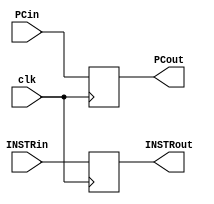
module IF_ID(clk,INSTRin,PCin,PCout,INSTRout);
input [31:0] INSTRin;
input [31:0] PCin;
input clk;
output reg [31:0] PCout,INSTRout;
always @(posedge clk) begin
PCout<=PCin;
INSTRout<=INSTRin;
end
endmodule

module ID_EX(clk,immpartin,Rd,Rt,ReadData1in,ReadData2in,PCin,immpartout,Rdout,Rtout,ReadData1out,ReadData2out,PCout);
input clk;
input [31:0] PCin,immpartin,ReadData1in,ReadData2in;
input [4:0] Rd,Rt;
output reg [31:0] PCout,immpartout,ReadData1out,ReadData2out;
output reg [4:0] Rdout,Rtout;

always @(posedge clk) begin
PCout<=PCin;
immpartout<=immpartin;
ReadData1out<=ReadData1in;
ReadData2out<=ReadData2in;
Rdout<=Rd;
Rtout<=Rt;
end

endmodule 

module EX_MEM(clk,ADDresin,ALUresin,Zin,ReadData2in,MUXresin,ADDresout,ALUresout,Zout,ReadData2out,MUXresout);
input clk,Zin;
input [31:0] ADDresin,ALUresin,ReadData2in;
input [4:0] MUXresin;
output reg [31:0] ADDresout,ALUresout,ReadData2out;
output reg Zout;
output reg [4:0] MUXresout;

always @(posedge clk) begin
ADDresout<=ADDresin;
ALUresout<=ALUresin;
ReadData2out<=ReadData2in;
MUXresout<=MUXresin;
Zout<=Zin;
end

endmodule 

module MEM_WB(clk,REGdestinationin,ALUresin,MEMReadDatain,REGdesinationout,ALUresout,MEMReadDataout);
input clk;
input [4:0] REGdestinationin;
input [31:0] ALUresin,MEMReadDatain;
output reg [4:0] REGdesinationout;
output reg [31:0] ALUresout,MEMReadDataout;

always @(posedge clk) begin
ALUresout<=ALUresin;
MEMReadDataout<=MEMReadDatain;
REGdesinationout<=REGdestinationin;
end

endmodule